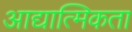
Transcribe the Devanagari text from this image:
आद्यात्मिकता